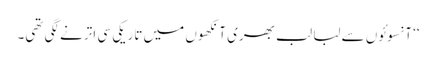
‘‘ آنسوئوں سے لبا لب بھری آنکھوں میں تاریکی سی اترنے لگی تھی۔